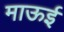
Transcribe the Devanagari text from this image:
माऊई